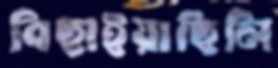
বিছাইয়াছিলি